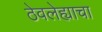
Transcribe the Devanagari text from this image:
ठेवलेह्याचा